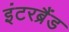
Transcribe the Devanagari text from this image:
इंटरब्रैंड